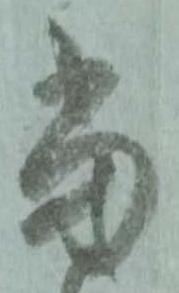
當